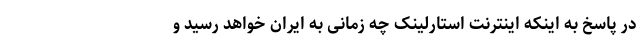
در پاسخ به اینکه اینترنت استارلینک چه زمانی به ایران خواهد رسید و